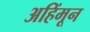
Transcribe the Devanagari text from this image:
अहिंमून